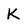
Character: K